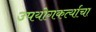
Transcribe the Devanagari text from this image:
उपयोगकर्त्याचा